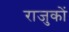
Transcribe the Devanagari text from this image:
राजुकों